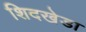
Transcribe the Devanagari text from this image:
शिदखेडा